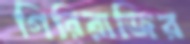
গিরিরাজির